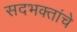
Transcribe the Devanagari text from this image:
सदभक्तांचे